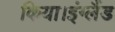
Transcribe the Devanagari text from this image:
किया।इंग्लैंड